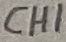
Text: CH1